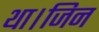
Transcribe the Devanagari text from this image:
था।जिन